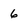
Character: 6